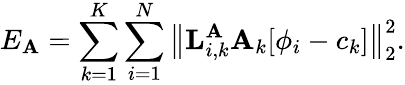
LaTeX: E_{{\mathbf A}}=\sum_{k=1}^{K}\sum_{i=1}^{N}\big\lVert{\mathbf L}_{i,k}^{{\mathbf A}}{\mathbf A}_{k}[\phi_{i}-c_{k}]\big\rVert_{2}^{2}.